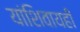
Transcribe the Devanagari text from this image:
यांशिवायही